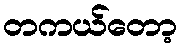
တကယ်တော့